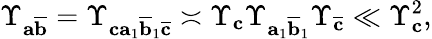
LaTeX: \Upsilon_{\textbf{a}\overline{{\textbf{b}}}}=\Upsilon_{\textbf{c}\textbf{a}_{1}\overline{{\textbf{b}}}_{1}\overline{{\textbf{c}}}}\asymp\Upsilon_{\textbf{c}}\Upsilon_{\textbf{a}_{1}\overline{{\textbf{b}}}_{1}}\Upsilon_{\overline{{\textbf{c}}}}\ll\Upsilon_{\textbf{c}}^{2},